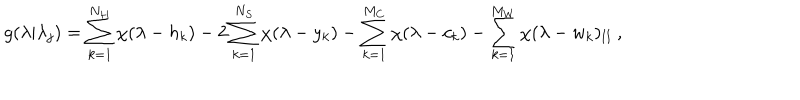
LaTeX: \displaystyle g ( \lambda | \lambda _ { j } ) = \sum _ { k = 1 } ^ { N _ { H } } \chi ( \lambda - h _ { k } ) - 2 \sum _ { k = 1 } ^ { N _ { S } } \chi ( \lambda - y _ { k } ) - \sum _ { k = 1 } ^ { M _ { C } } \chi ( \lambda - c _ { k } ) - \sum _ { k = 1 } ^ { M _ { W } } \chi ( \lambda - w _ { k } ) _ { \mathrm { I I } } \: ,